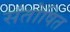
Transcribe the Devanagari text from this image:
संतोषित